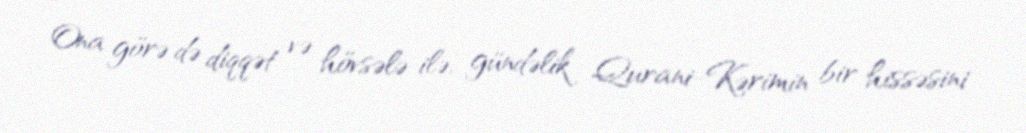
Ona görə də diqqət və hövsələ ilə, gündəlik Qurani-Kərimin bir hissəsini